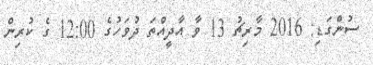
ސުންގަޑި: 2016 މާރިޗު 13 ވާ އާދީއްތަ ދުވަހުގެ 12:00 ގެ ކުރިން